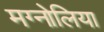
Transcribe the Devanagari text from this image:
मग्नोलिया